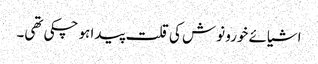
اشیائے خورو نوش کی قلت پیدا ہو چکی تھی۔